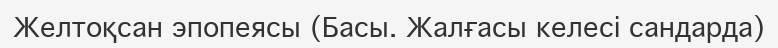
Желтоқсан эпопеясы (Басы. Жалғасы келесi сандарда)